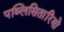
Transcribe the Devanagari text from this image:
पब्लिसितारियो